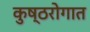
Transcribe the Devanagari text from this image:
कुष्ठरोगात